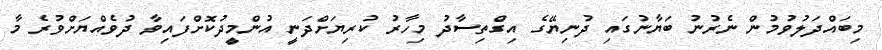
މިބައްދަލުވުމުން ނެރުނު ބަޔާނުގައި ދުނިޔޭގެ އިގްތިސާދު މިހާރު ކުރިޔަށްދަނީ އުންމީދުކޮށްފައިވާ ދުވެއްޔަށްވުރެ މާ